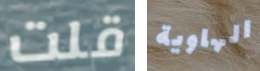
قلت الهاوية